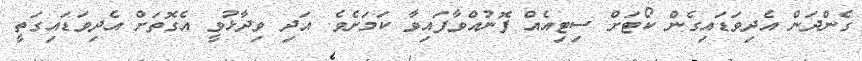
ގެންދަން އެދިވަޑައިގެން ކޯޓަށް ސިޓިއެއް ފޮނުއްވާފައިވާ ކަމަށެވެ. އަދި ވިދާޅުވީ އެގޮތަށް އެދިވަޑައިގަތީ